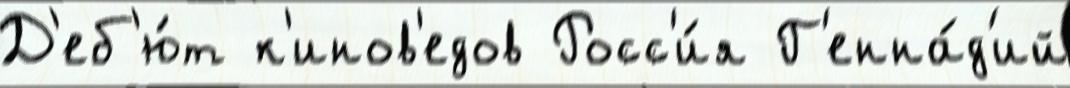
Д'еб'ю́т к'инов'едов Росс'и́я Г'енна́д'ий